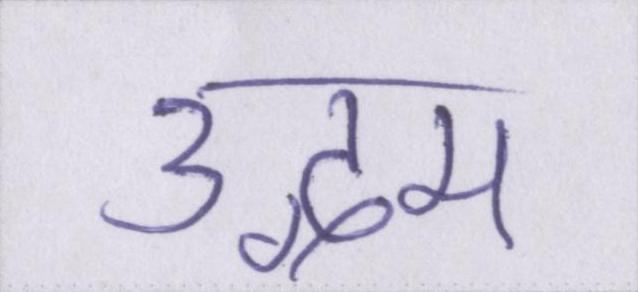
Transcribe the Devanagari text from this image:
उद्गम